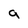
Character: a